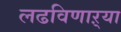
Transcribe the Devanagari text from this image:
लढविणाऱ्या